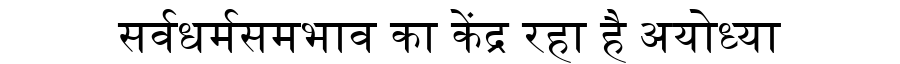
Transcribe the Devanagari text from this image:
सर्वधर्मसमभाव का केंद्र रहा है अयोध्या